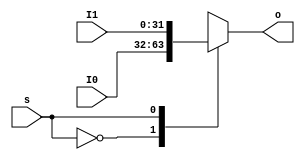
`timescale 1ns / 1ps
//////////////////////////////////////////////////////////////////////////////////
// Company: 
// Engineer: 
// 
// Design Name: 
// Module Name: Mux2to1b32_1
// Project Name: 
// Target Devices: 
// Tool Versions: 
// Description: 
// 
// Dependencies: 
// 
// Revision:
// Revision 0.01 - File Created
// Additional Comments:
// 
//////////////////////////////////////////////////////////////////////////////////
module Mux2to1b32_1(
		input s,
		input [31:0] I0,
		input [31:0] I1,
		output reg [31:0] o
    );
    always @(*) begin
    	case(s)
			1'b0: o = I0;
			1'b1: o = I1;
			default: o = I0;
		endcase

    end
endmodule